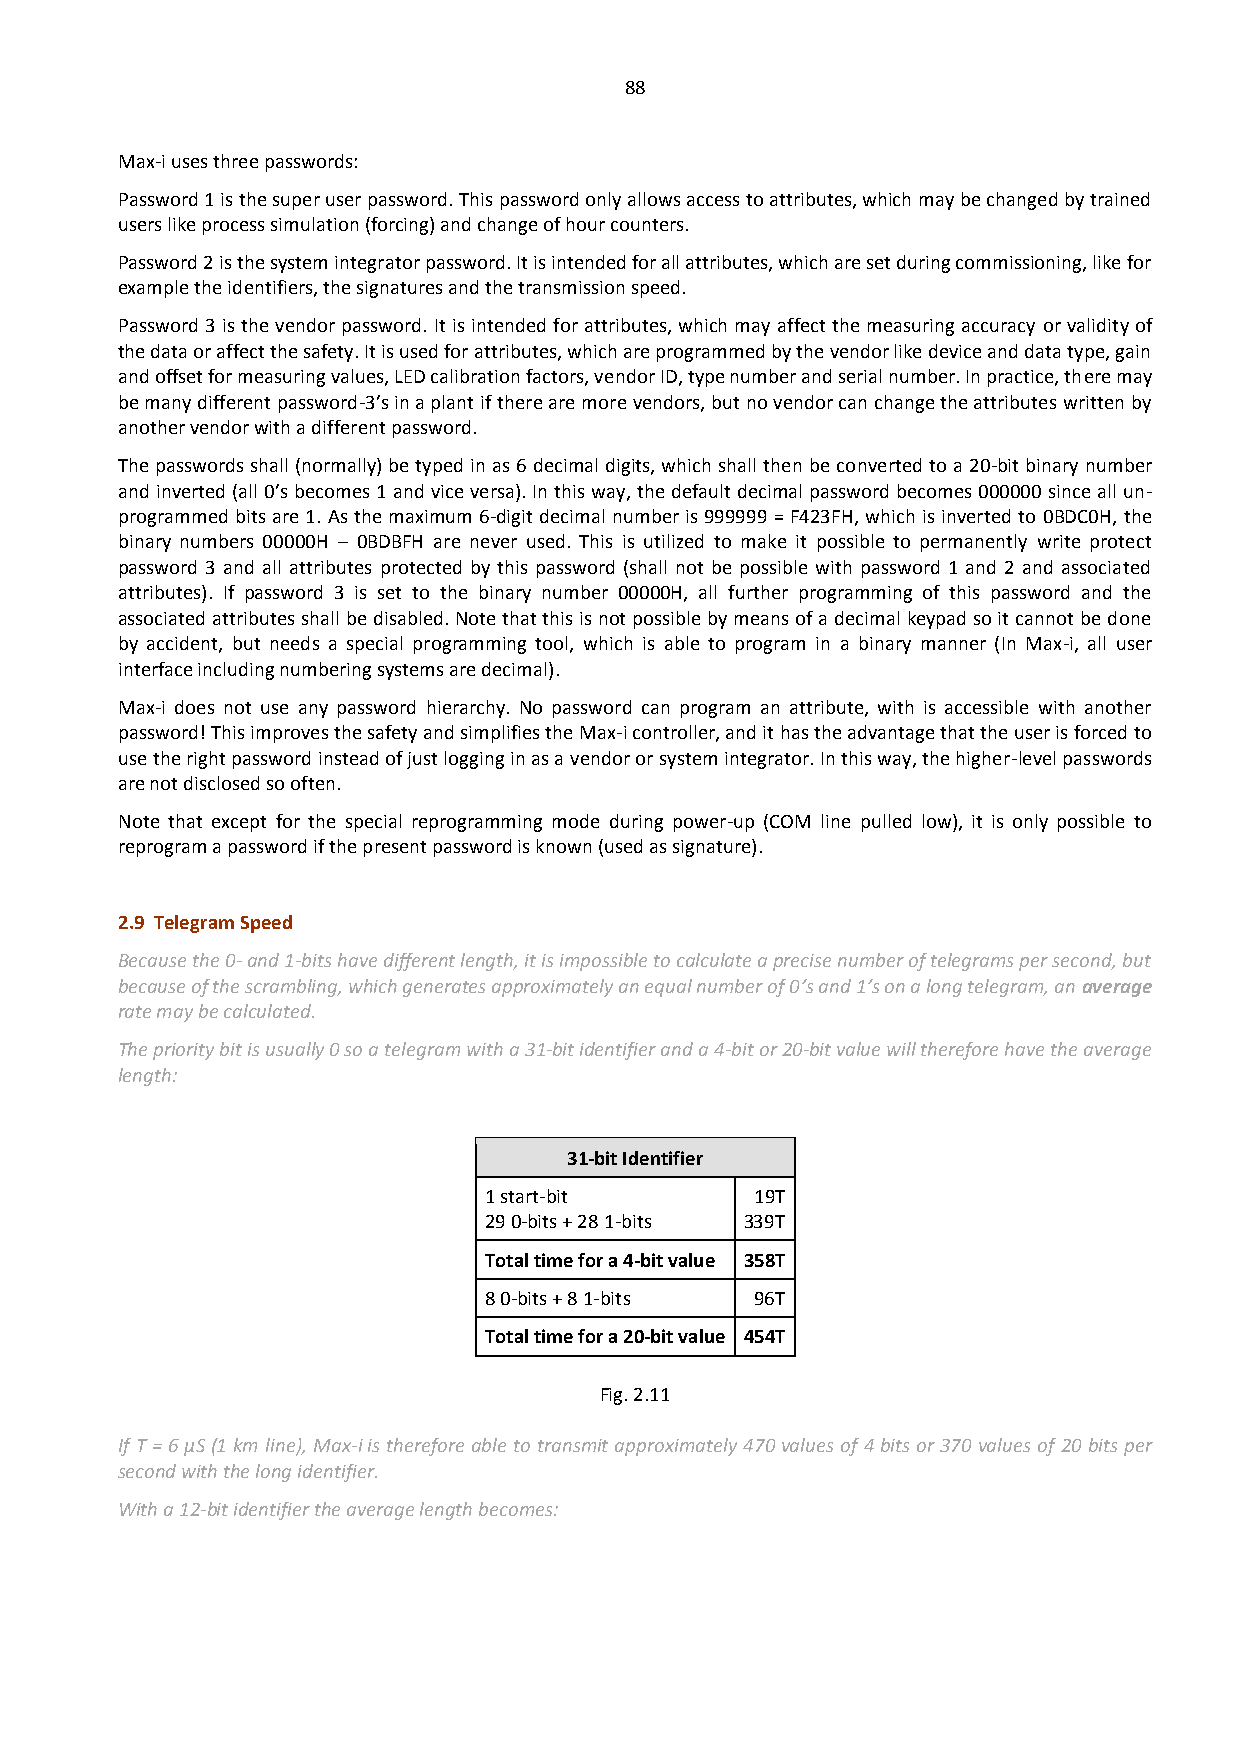
88
 Max-i uses three passwords:
 Password 1 is the super user password. This password only allows access to attributes, which may be changed by trained
 users like process simulation (forcing) and change of hour counters.
 Password 2 is the system integrator password. It is intended for all attributes, which are set during commissioning, like for
 example the identifiers, the signatures and the transmission speed.
 Password 3 is the vendor password. It is intended for attributes, which may affect the measuring accuracy or validity of
 the data or affect the safety. It is used for attributes, which are programmed by the vendor like device and data type, gain
 and offset for measuring values, LED calibration factors, vendor ID, type number and serial number. In practice, there may
 be many different password-3’s in a plant if there are more vendors, but no vendor can change the attributes written by
 another vendor with a different password.
 The passwords shall (normally) be typed in as 6 decimal digits, which shall then be converted to a 20-bit binary number
 and inverted (all 0’s becomes 1 and vice versa). In this way, the default decimal password becomes 000000 since all un-
 programmed bits are 1. As the maximum 6-digit decimal number is 999999 = F423FH, which is inverted to 0BDC0H, the
 binary numbers 00000H – 0BDBFH are never used. This is utilized to make it possible to permanently write protect
 password 3 and all attributes protected by this password (shall not be possible with password 1 and 2 and associated
 attributes). If password 3 is set to the binary number 00000H, all further programming of this password and the
 associated attributes shall be disabled. Note that this is not possible by means of a decimal keypad so it cannot be done
 by accident, but needs a special programming tool, which is able to program in a binary manner (In Max-i, all user
 interface including numbering systems are decimal).
 Max-i does not use any password hierarchy. No password can program an attribute, with is accessible with another
 password! This improves the safety and simplifies the Max-i controller, and it has the advantage that the user is forced to
 use the right password instead of just logging in as a vendor or system integrator. In this way, the higher-level passwords
 are not disclosed so often.
 Note that except for the special reprogramming mode during power-up (COM line pulled low), it is only possible to
 reprogram a password if the present password is known (used as signature).
 2.9 Telegram Speed
 Because the 0- and 1-bits have different length, it is impossible to calculate a precise number of telegrams per second, but
 because of the scrambling, which generates approximately an equal number of 0’s and 1’s on a long telegram, an average
 rate may be calculated.
 The priority bit is usually 0 so a telegram with a 31-bit identifier and a 4-bit or 20-bit value will therefore have the average
 length:
 31-bit Identifier
 1 start-bit       19T
 29 0-bits + 28 1-bits 339T
 Total time for a 4-bit value 358T
 8 0-bits + 8 1-bits 96T
 Total time for a 20-bit value 454T
 Fig. 2.11
 If T = 6 µS (1 km line), Max-i is therefore able to transmit approximately 470 values of 4 bits or 370 values of 20 bits per
 second with the long identifier.
 With a 12-bit identifier the average length becomes: